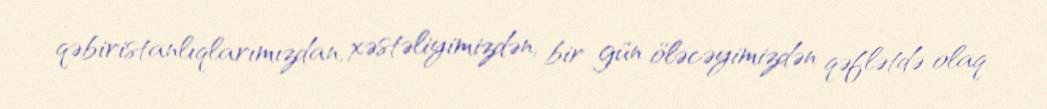
qəbiristanlıqlarımızdan, xəstəliyimizdən, bir gün öləcəyimizdən qəflətdə olaq.